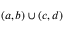
( a , b ) \cup ( c , d )